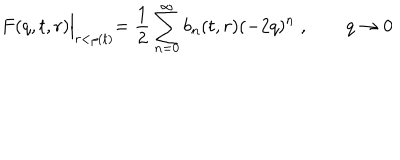
F ( q , t , r ) \Bigl | _ { r < \rho ( t ) } = \frac { 1 } { 2 } \sum _ { n = 0 } ^ { \infty } b _ { n } ( t , r ) ( - 2 q ) ^ { n } \; , \qquad q \to 0